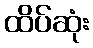
ထိပ်ဆုံး